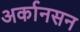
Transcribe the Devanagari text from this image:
अर्कानसन